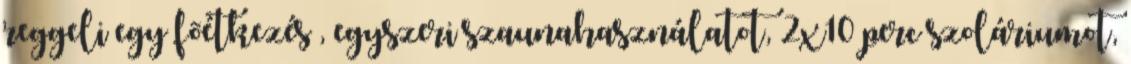
reggeli egy fõétkezés , egyszeri szaunahasználatot, 2x10 perc szoláriumot,